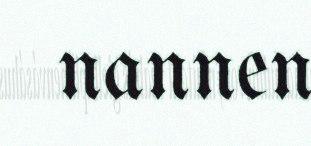
nannen